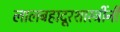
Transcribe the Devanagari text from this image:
लालबहादूरशास्त्रींनी